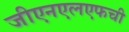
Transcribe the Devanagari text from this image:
जीएनएलएफची